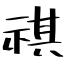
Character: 祺